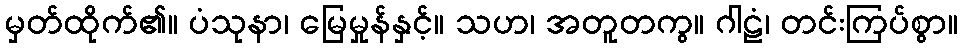
မှတ်ထိုက်၏။ ပံသုနာ၊ မြေမှုန်နှင့်။ သဟ၊ အတူတကွ။ ဂါဠံ၊ တင်းကြပ်စွာ။